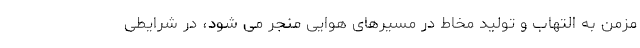
مزمن به التهاب و تولید مخاط در مسیرهای هوایی منجر می شود، در شرایطی